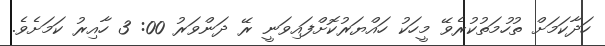
ހަދާކަމަށް ތުހުމަތުކުރެވޭ މީހަކު ހައްޔަރުކޮށްފައިވަނީ ރޭ ދަންވަރު 00: 3 ހާއިރު ކަމަށެވެ.